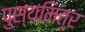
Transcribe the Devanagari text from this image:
पुस्यमित्र